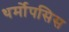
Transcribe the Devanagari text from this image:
थर्मोपसिस